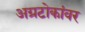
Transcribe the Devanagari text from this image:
अग्रटोकांवर